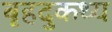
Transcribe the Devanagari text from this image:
बृहदुकथ्य